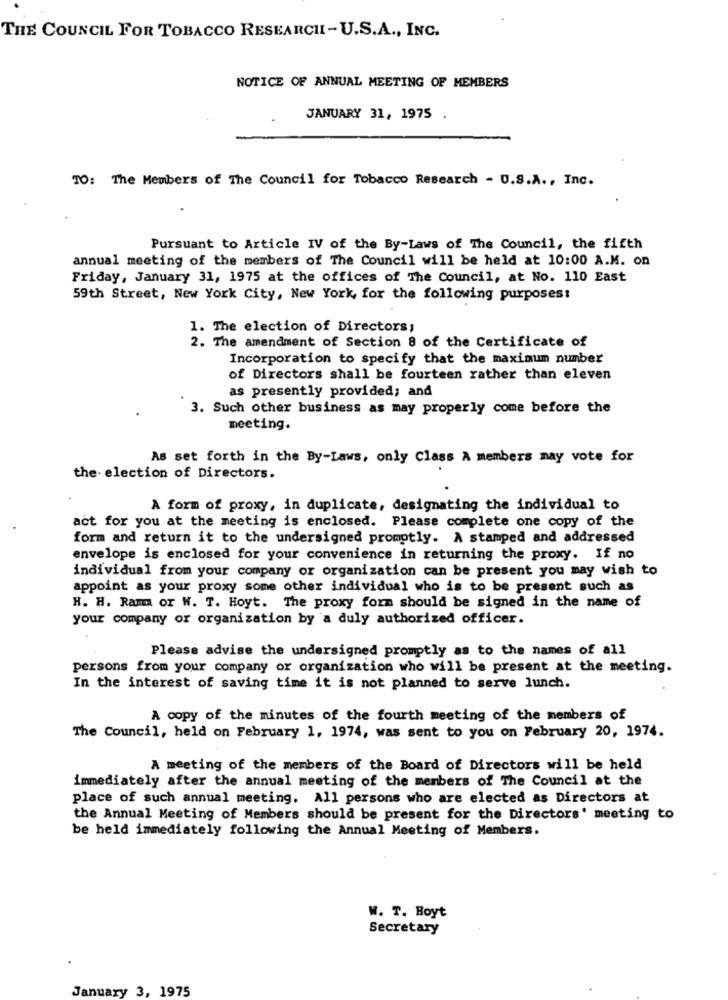
THE COUNCIL FOR TOBACCO RESEARCH- U.S.A ., INC.
NOTICE OF ANNUAL MEETING OF MEMBERS
JANUARY 31, 1975 .
TO: The Members of The Council for Tobacco Research - U.S.A ., Inc.
Pursuant to Article IV of the By-Laws of The Council, the fifth
annual meeting of the members of The Council will be held at 10:00 A.M. on
Friday, January 31, 1975 at the offices of The Council, at No. 110 East
59th Street, New York City, New York, for the following purposes:
1. The election of Directors;
2. The amendment of Section 8 of the Certificate of
Incorporation to specify that the maximum number
of Directors shall be fourteen rather than eleven
as presently provided; and
3. Such other business as may properly come before the
meeting.
As set forth in the By-Laws, only Class A members may vote for
the election of Directors.
A form of proxy, in duplicate, designating the individual to
act for you at the meeting is enclosed. Please complete one copy of the
form and return it to the undersigned promptly. A stamped and addressed
envelope is enclosed for your convenience in returning the proxy. If no
individual from your company or organization can be present you may wish to
appoint as your proxy some other individual who is to be present such as
H. H. Ram or W. T. Hoyt. The proxy form should be signed in the name of
your company or organization by a duly authorized officer.
Please advise the undersigned promptly as to the names of all
persons from your company or organization who will be present at the meeting.
In the interest of saving time it is not planned to serve lunch.
A copy of the minutes of the fourth meeting of the members of
The Council, held on February 1, 1974, was sent to you on February 20, 1974.
A meeting of the members of the Board of Directors will be held
immediately after the annual meeting of the members of The Council at the
place of such annual meeting. All persons who are elected as Directors at
the Annual Meeting of Members should be present for the Directors' meeting to
be held immediately following the Annual Meeting of Members.
W. T. Boyt
Secretary
January 3, 1975